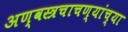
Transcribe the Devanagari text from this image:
अण्वस्त्रचाचण्यांच्या